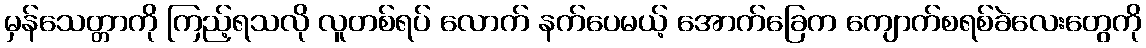
မှန်သေတ္တာကို ကြည့်ရသလို လူတစ်ရပ် လောက် နက်ပေမယ့် အောက်ခြေက ကျောက်စရစ်ခဲလေးတွေကို